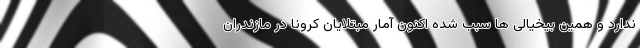
ندارد و همین بیخیالی ها سبب شده اکنون آمار مبتلایان کرونا در مازندران